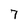
Character: 7